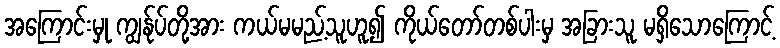
အကြောင်းမှု ကျွန်ုပ်တို့အား ကယ်မမည့်သူဟူ၍ ကိုယ်တော်တစ်ပါးမှ အခြားသူ မရှိသောကြောင့်